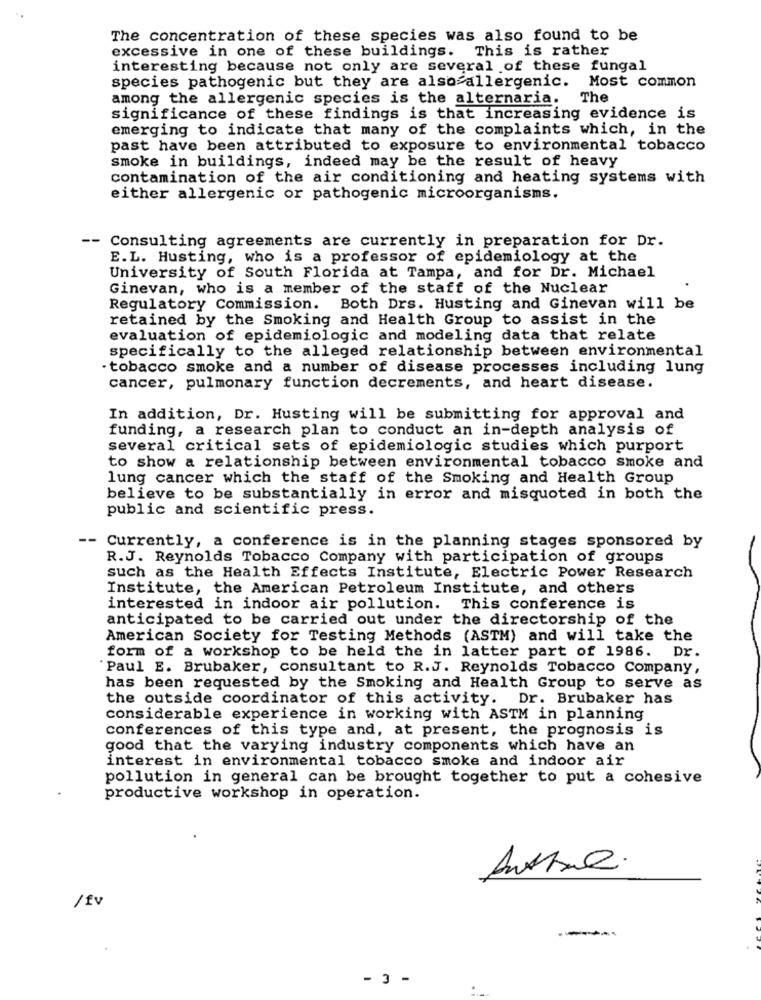
The concentration of these species was also found to be
excessive in one of these buildings. This is rather
interesting because not only are several of these fungal
species pathogenic but they are also allergenic. Most common
among the allergenic species is the alternaria.
The
significance of these findings is that increasing evidence is
emerging to indicate that many of the complaints which, in the
past have been attributed to exposure to environmental tobacco
smoke in buildings, indeed may be the result of heavy
contamination of the air conditioning and heating systems with
either allergenic or pathogenic microorganisms.
-- Consulting agreements are currently in preparation for Dr.
E.L. Husting, who is a professor of epidemiology at the
University of South Florida at Tampa, and for Dr. Michael
Ginevan, who is a member of the staff of the Nuclear
Regulatory Commission. Both Drs. Husting and Ginevan will be
retained by the Smoking and Health Group to assist in the
evaluation of epidemiologic and modeling data that relate
specifically to the alleged relationship between environmental
· tobacco smoke and a number of disease processes including lung
cancer, pulmonary function decrements, and heart disease.
In addition, Dr. Husting will be submitting for approval and
funding, a research plan to conduct an in-depth analysis of
several critical sets of epidemiologic studies which purport
to show a relationship between environmental tobacco smoke and
lung cancer which the staff of the Smoking and Health Group
believe to be substantially in error and misquoted in both the
public and scientific press.
- Currently, a conference is in the planning stages sponsored by
R.J. Reynolds Tobacco Company with participation of groups
such as the Health Effects Institute, Electric Power Research
Institute, the American Petroleum Institute, and others
interested in indoor air pollution. This conference is
anticipated to be carried out under the directorship of the
American Society for Testing Methods (ASTM) and will take the
form of a workshop to be held the in latter part of 1986. Dr.
'Paul E. Brubaker, consultant to R.J. Reynolds Tobacco Company,
has been requested by the Smoking and Health Group to serve as
the outside coordinator of this activity. Dr. Brubaker has
considerable experience in working with ASTM in planning
conferences of this type and, at present, the prognosis is
good that the varying industry components which have an
interest in environmental tobacco smoke and indoor air
pollution in general can be brought together to put a cohesive
productive workshop in operation.
/ fv
----
- 3 -